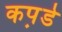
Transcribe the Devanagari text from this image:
कप़डे